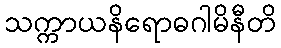
သက္ကာယနိရောဓဂါမိနီတိ